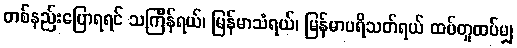
တစ်နည်းပြောရရင် သင်္ကြန်ရယ်၊ မြန်မာသံရယ်၊ မြန်မာပရိသတ်ရယ် ထပ်တူထပ်မျှ